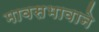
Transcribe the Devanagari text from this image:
मावसभावाने